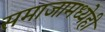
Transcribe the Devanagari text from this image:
समाजामध्येही